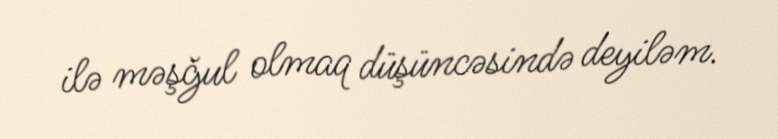
ilə məşğul olmaq düşüncəsində deyiləm.